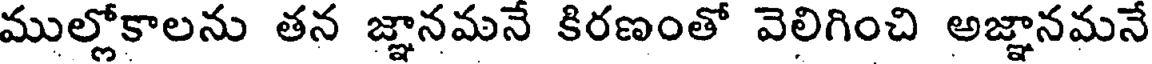
ముల్లోకాలను తన జ్ఞానమనే కిరణంతో వెలిగించి అజ్ఞానమనే